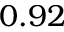
0 . 9 2